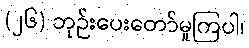
(၂၆) ဘုဉ်းပေးတော်မူကြပါ၊